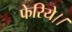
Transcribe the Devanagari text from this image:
फेरिये।।